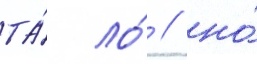
та́ ло́ / но́